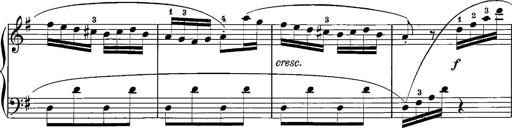
Title: 12 Sonatinas
Composer: Ignaz Pleyel